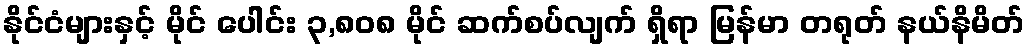
နိုင်ငံများနှင့် မိုင် ပေါင်း ၃,၈၀၈ မိုင် ဆက်စပ်လျက် ရှိရာ မြန်မာ တရုတ် နယ်နိမိတ်